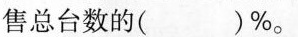
售总台数的( )%。